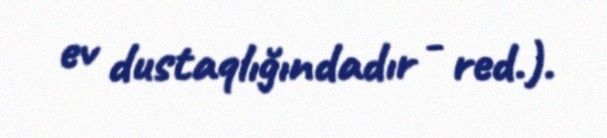
ev dustaqlığındadır - red.).